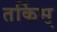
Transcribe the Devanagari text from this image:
तर्किस्